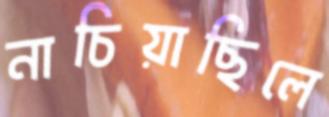
নাচিয়াছিলে